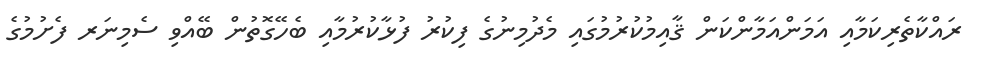
ރައްކާތެރިކަމާއި އަމަންއަމާންކަން ޤާއިމުކުރުމުގައި މެދުމިނުގެ ފިކުރު ފުޅާކުރުމާއި ބެހޭގޮތުން ބޭއްވި ސެމިނަރ ފެށުމުގެ